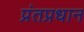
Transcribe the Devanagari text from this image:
प्रंतप्रधान